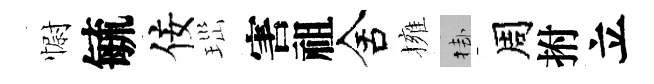
𢠢毓佞𤤼害祖舍擁挂周拊立